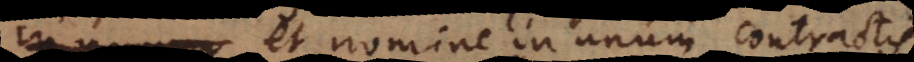
et nomine in unum contractis